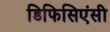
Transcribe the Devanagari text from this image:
डिफिसिएंसी